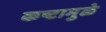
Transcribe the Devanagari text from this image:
कष्टामुळे